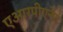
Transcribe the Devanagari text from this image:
एआरपीएनेट